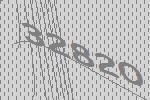
32820